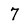
Character: 7